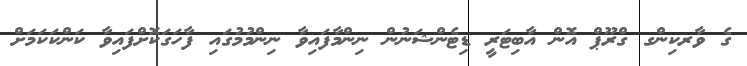
ގެ ވާރކިންގ ގްރޫޕް އޮން އާބިޓަރީ ޑިޓެންޝަނުން ނިންމާފައިވާ ނިންމުމުގައި ފާހަގަކޮށްފައިވާ ކަންކަކަމަށް